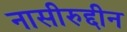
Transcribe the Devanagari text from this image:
नासीरुद्दीन